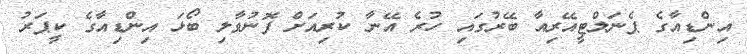
އިންޑިއާގެ ޕެނަލްޓީއޭރިއާ ބޭރުގައި ހުރެ އޭނާ ކުރިއަށް ފޮނުވާލި ބޯޅަ އިންޑިއާގެ ކީޕަރު